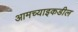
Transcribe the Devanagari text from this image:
आमच्याइकडील